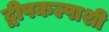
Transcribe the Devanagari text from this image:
द्वीपकल्पाशी